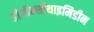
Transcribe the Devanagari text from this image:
डीऑक्सीथाइमिडीन